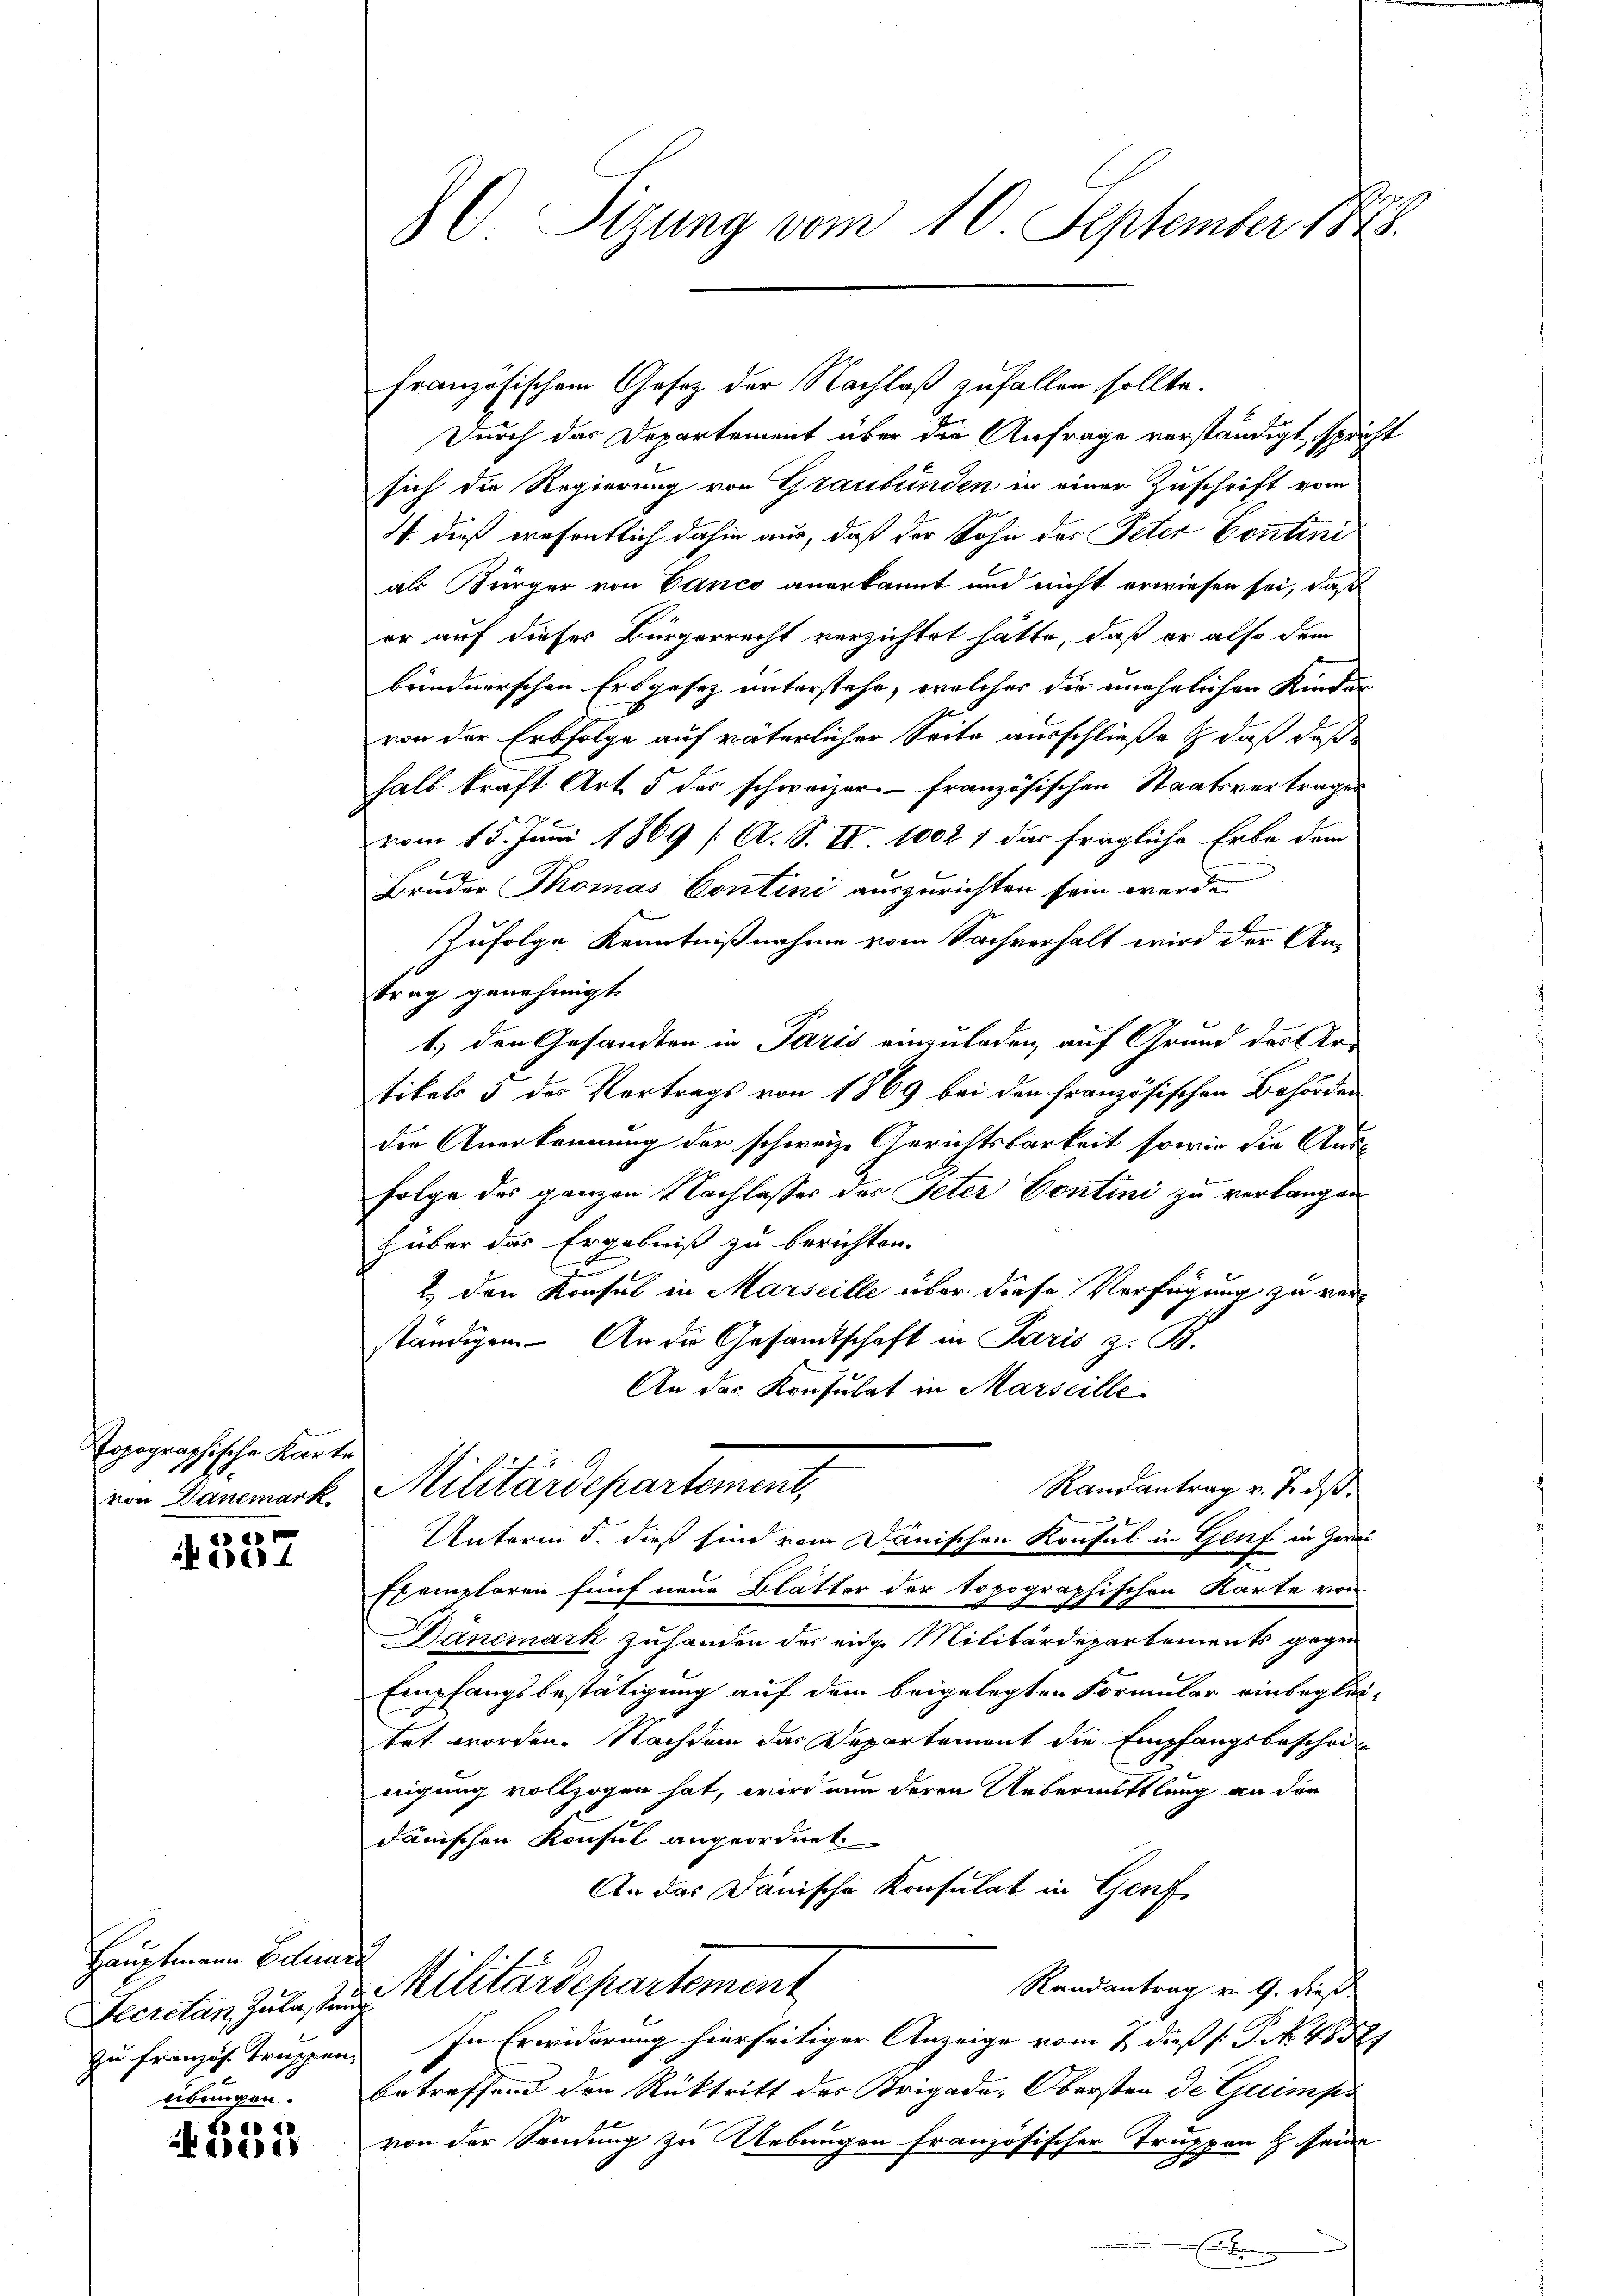
Popographische Karte
von Danemark

20
Ka

Hauptmann Eduard
Secretan Zulastung
zu französ. Truppen

4351

Sp
( Sizung vom 10. September 1848.

Durch das Departement über die Anfrage verständigt, spricht
sich die Regierung von Graubünden in einer Zuschrift vom
4. dieß wesentlich dahin aus, daß der Sohn des Peter Contini
als Bürger von Canco anerkannt und nicht erwiesen sei, daß
er auf dieses Bürgerrecht verzichtet hätte, daß er also dem
brindnerschen Erbgesez unterstehe, welcher die unehelichen Kinder
von der Erbfolge auf väterlicher Seite ausschließe & daß daß
halb kraft Art. 5 der schweizer französischen Staatsvertragen
vom 15. Juni 1869 [A. S. II. 1002 1 das fragliche Erbe dem
Bruder Momas Contini auszurichten sein werde.
zufolge Kenntnißnahme vom Sachverhalt wird der Antrag genehmigt.
1.) den Gesandten in Paris einzuladen, auf Grund des Artikels 3 des Vortrags von 1869 bei den französischen Behörden
die Anerkennung der schweize Gerichtsbarkeit sowie die Aus¬
Folge das ganzen Nachlasses des Peter Contini zu verlangen
Hüber das Ergebniß zu berichten.
2. den Konsul in Marseille über diese Verfügung zu verständigen. An die Gesandtschaft in Paris z. B.
An das Konsulat in Marseille
Militärdepartement,
Randantrag v. 2. ds.
Unterm 5. dieß sind vom Dänischen Konsul in Genf in Zwei
ischen Karte von
Exemplaren fünf neue Blätter der topograph
Dänemark zuhanden der eidge Militärdepartements gegen
Empfangsbestätigung auf dem beigelegten Formular einbegleitet worden. Nachdem das Departement die Empfangsbescheinigung vollzogen hat, wird nun deren Uebermittlung an den
dänischen Konsul angeordnet
An das Dänische Konsulat in Genf
Militärdepartement
Randantrag v. 9. dieß
In Erwiderung hierseitiger Anzeige vom 7. dieß (: P. No. 48581
übungen. Betreffend den Rücktritt des Trigade-Obersten de Guimpo
von der Sendung zu Uebungen französischer Truppen & seine

französischem Gesetz der Nachlaß zufallen sollte.

E